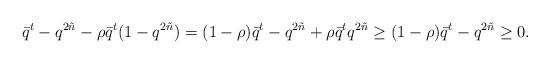
LaTeX: \begin{align*}\bar q^t - q^{2 \tilde n} - \rho \bar q^t (1 - q^{2 \tilde n})= (1-\rho) \bar q^t - q^{2 \tilde n} + \rho \bar q^t q^{2 \tilde n} \ge (1-\rho) \bar q^t - q^{2 \tilde n} \ge 0.\end{align*}